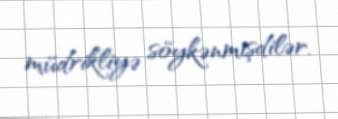
müdrikliyə söykənmişdilər.